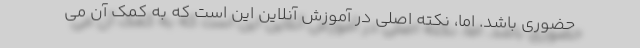
حضوری باشد. اما، نکته اصلی در آموزش آنلاین این است که به کمک آن می